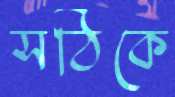
সঠিকে